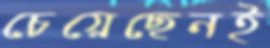
চেয়েছেনই